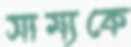
সাম্যকে